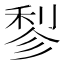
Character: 𬓪